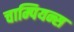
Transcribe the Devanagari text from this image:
चाम्पियन्स